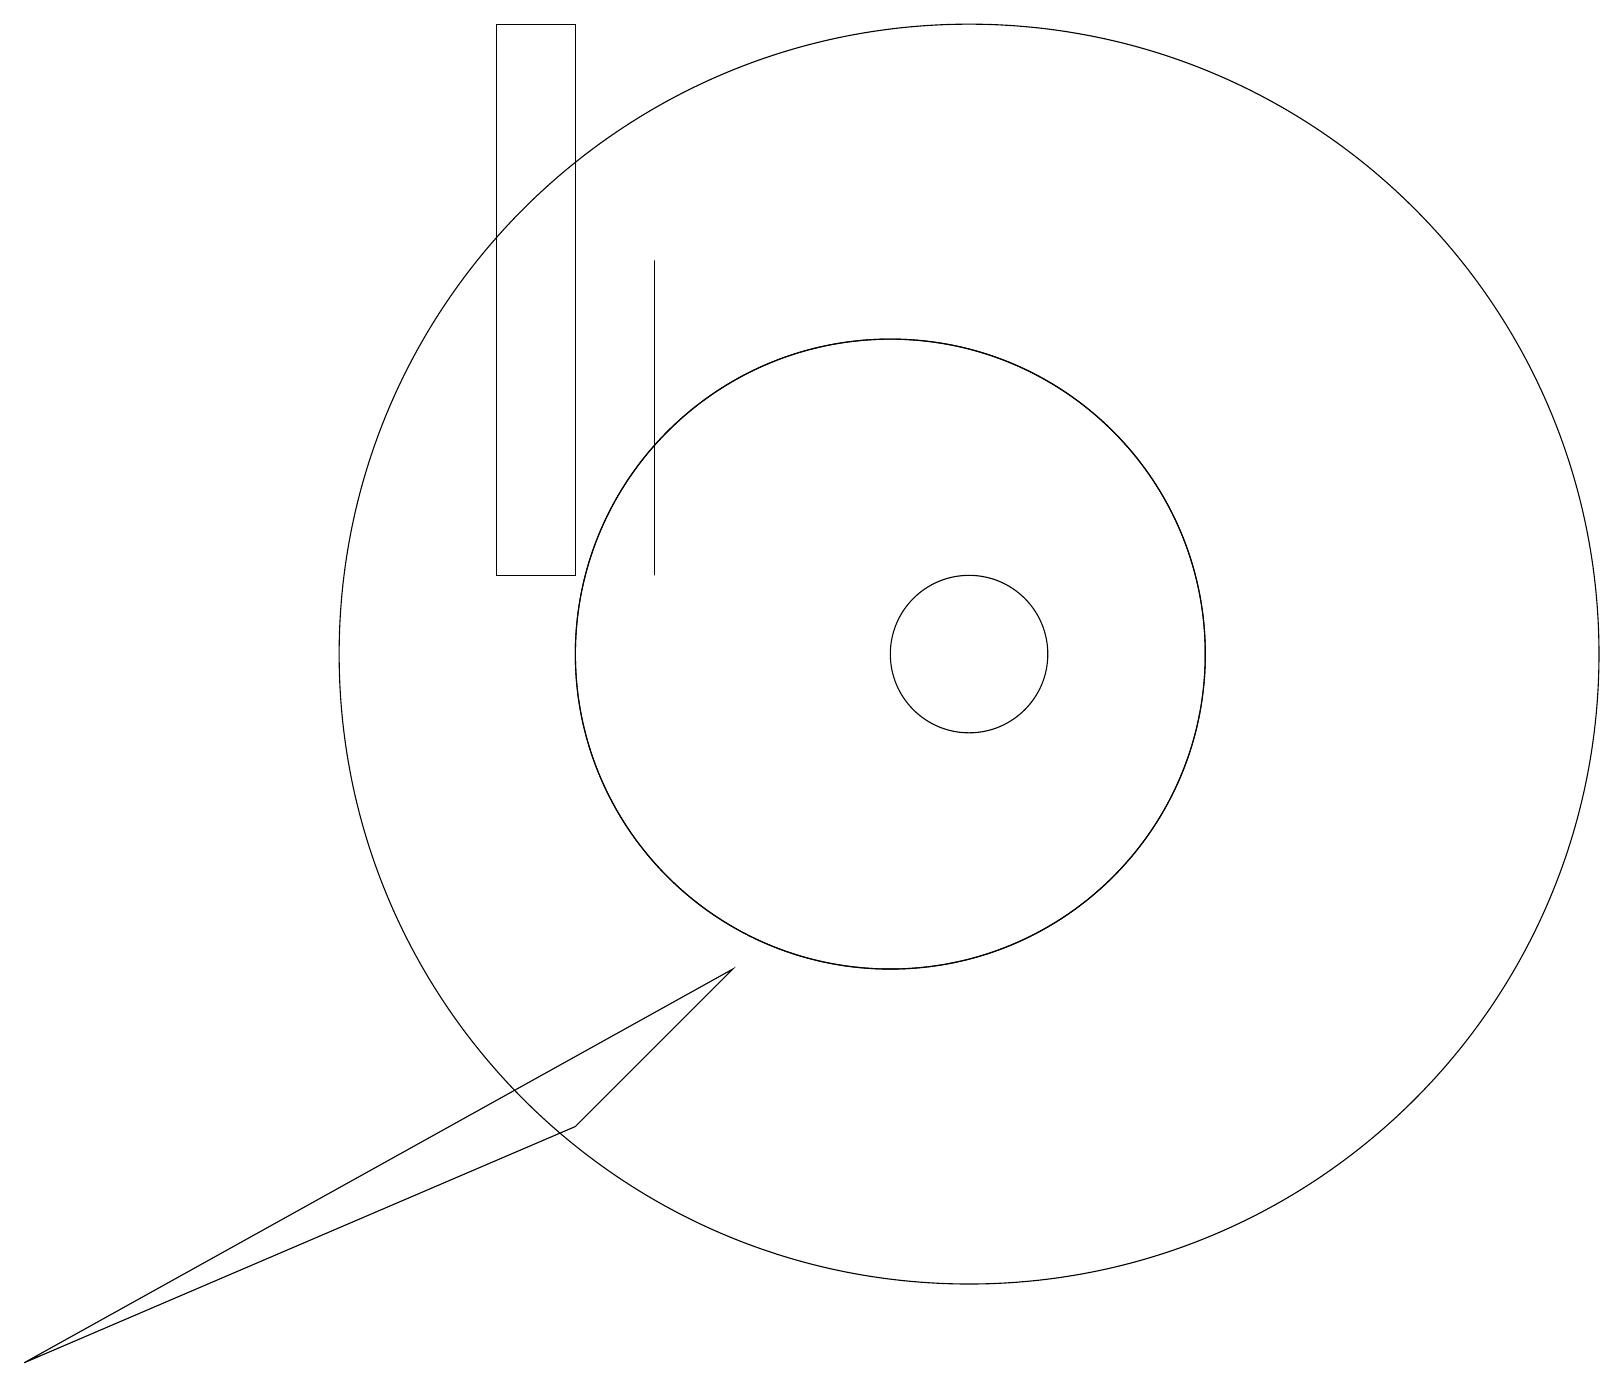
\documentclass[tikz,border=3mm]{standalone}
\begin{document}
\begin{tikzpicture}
\draw (12,11) circle (1);
\draw (7,5) -- (9,7) -- (0,2) -- cycle;
\draw (11,11) circle (4);
\draw (12,11) circle (8);
\draw (8,16) rectangle (8,12);
\draw (7,19) rectangle (6,12);
\draw (11,11) circle (4);
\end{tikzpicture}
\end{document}